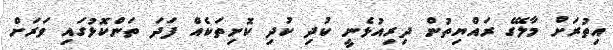
އިތުރަށް މާލޭގެ ރައްޔިތުން ދިރިއުޅެނީ ކުދި ކުދި ކޮށިތަކެއް ފަދަ ތަންކޮޅުގައި ވަރަށް